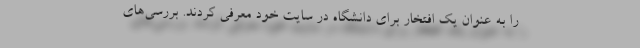
را به عنوان یک افتخار برای دانشگاه در سایت خود معرفی کردند. بررسی‌های